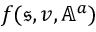
f ( \mathfrak { s } , v , \mathbb { A } ^ { a } )